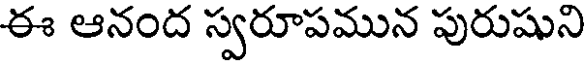
ఈ ఆనంద స్వరూపమున పురుషుని